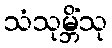
သံသုမ္ဘိံသု